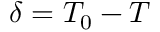
\delta = T _ { 0 } - T